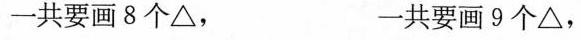
一共要画8个\bigtriangleup， 一共要画9个\bigtriangleup,